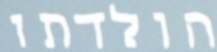
הולדתו